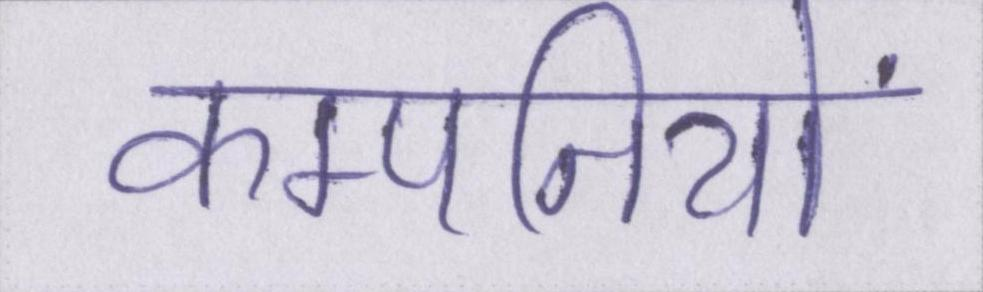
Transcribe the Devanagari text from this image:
कम्पनियों